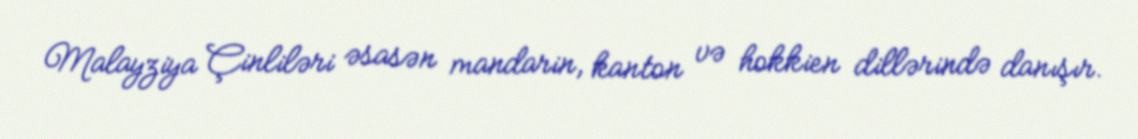
Malayziya Çinliləri əsasən mandarin, kanton və hokkien dillərində danışır.